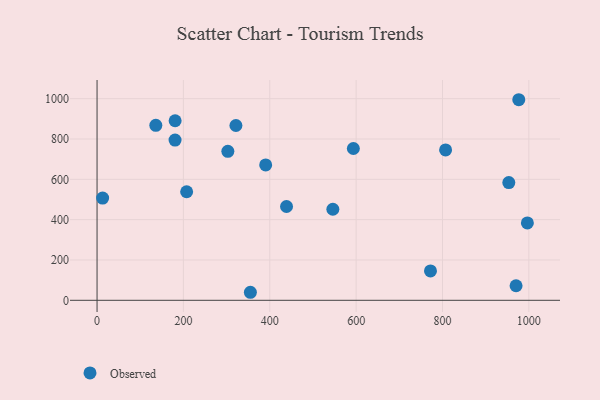
{"axis": {"x": "Investment", "y": "Sales"}, "legend": ["Observed"], "data": [{"x": "355.1", "y": 39.8, "type": "Observed"}, {"x": "807.2", "y": 745.6, "type": "Observed"}, {"x": "180.8", "y": 890.5, "type": "Observed"}, {"x": "772.2", "y": 145.5, "type": "Observed"}, {"x": "136.1", "y": 867.7, "type": "Observed"}, {"x": "996.6", "y": 383.6, "type": "Observed"}, {"x": "302.9", "y": 738.7, "type": "Observed"}, {"x": "953.6", "y": 583.9, "type": "Observed"}, {"x": "180.6", "y": 794.5, "type": "Observed"}, {"x": "12.9", "y": 506.9, "type": "Observed"}, {"x": "321.6", "y": 866.9, "type": "Observed"}, {"x": "207.5", "y": 538.4, "type": "Observed"}, {"x": "593.6", "y": 753.0, "type": "Observed"}, {"x": "976.7", "y": 994.8, "type": "Observed"}, {"x": "390.5", "y": 671.2, "type": "Observed"}, {"x": "970.4", "y": 72.2, "type": "Observed"}, {"x": "546.1", "y": 451.7, "type": "Observed"}, {"x": "438.8", "y": 465.2, "type": "Observed"}]}